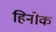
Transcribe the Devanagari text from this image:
हिनोक